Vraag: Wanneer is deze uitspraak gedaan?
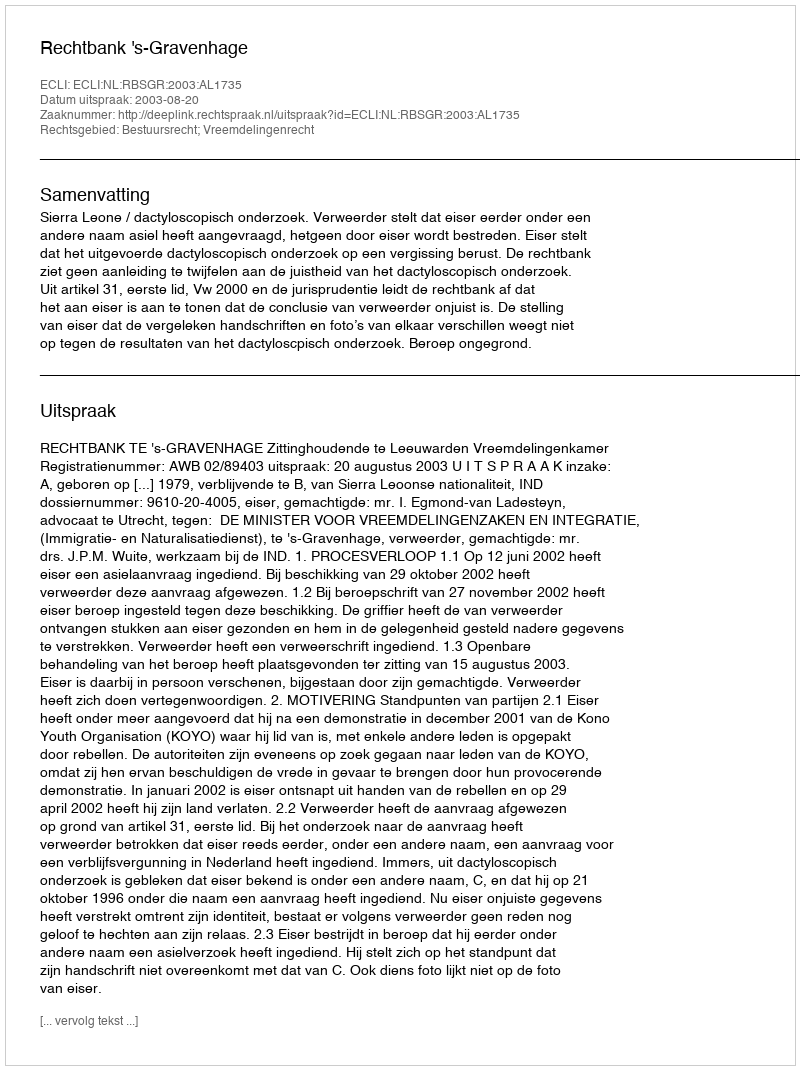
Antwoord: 2003-08-20